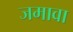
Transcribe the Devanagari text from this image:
जमावा